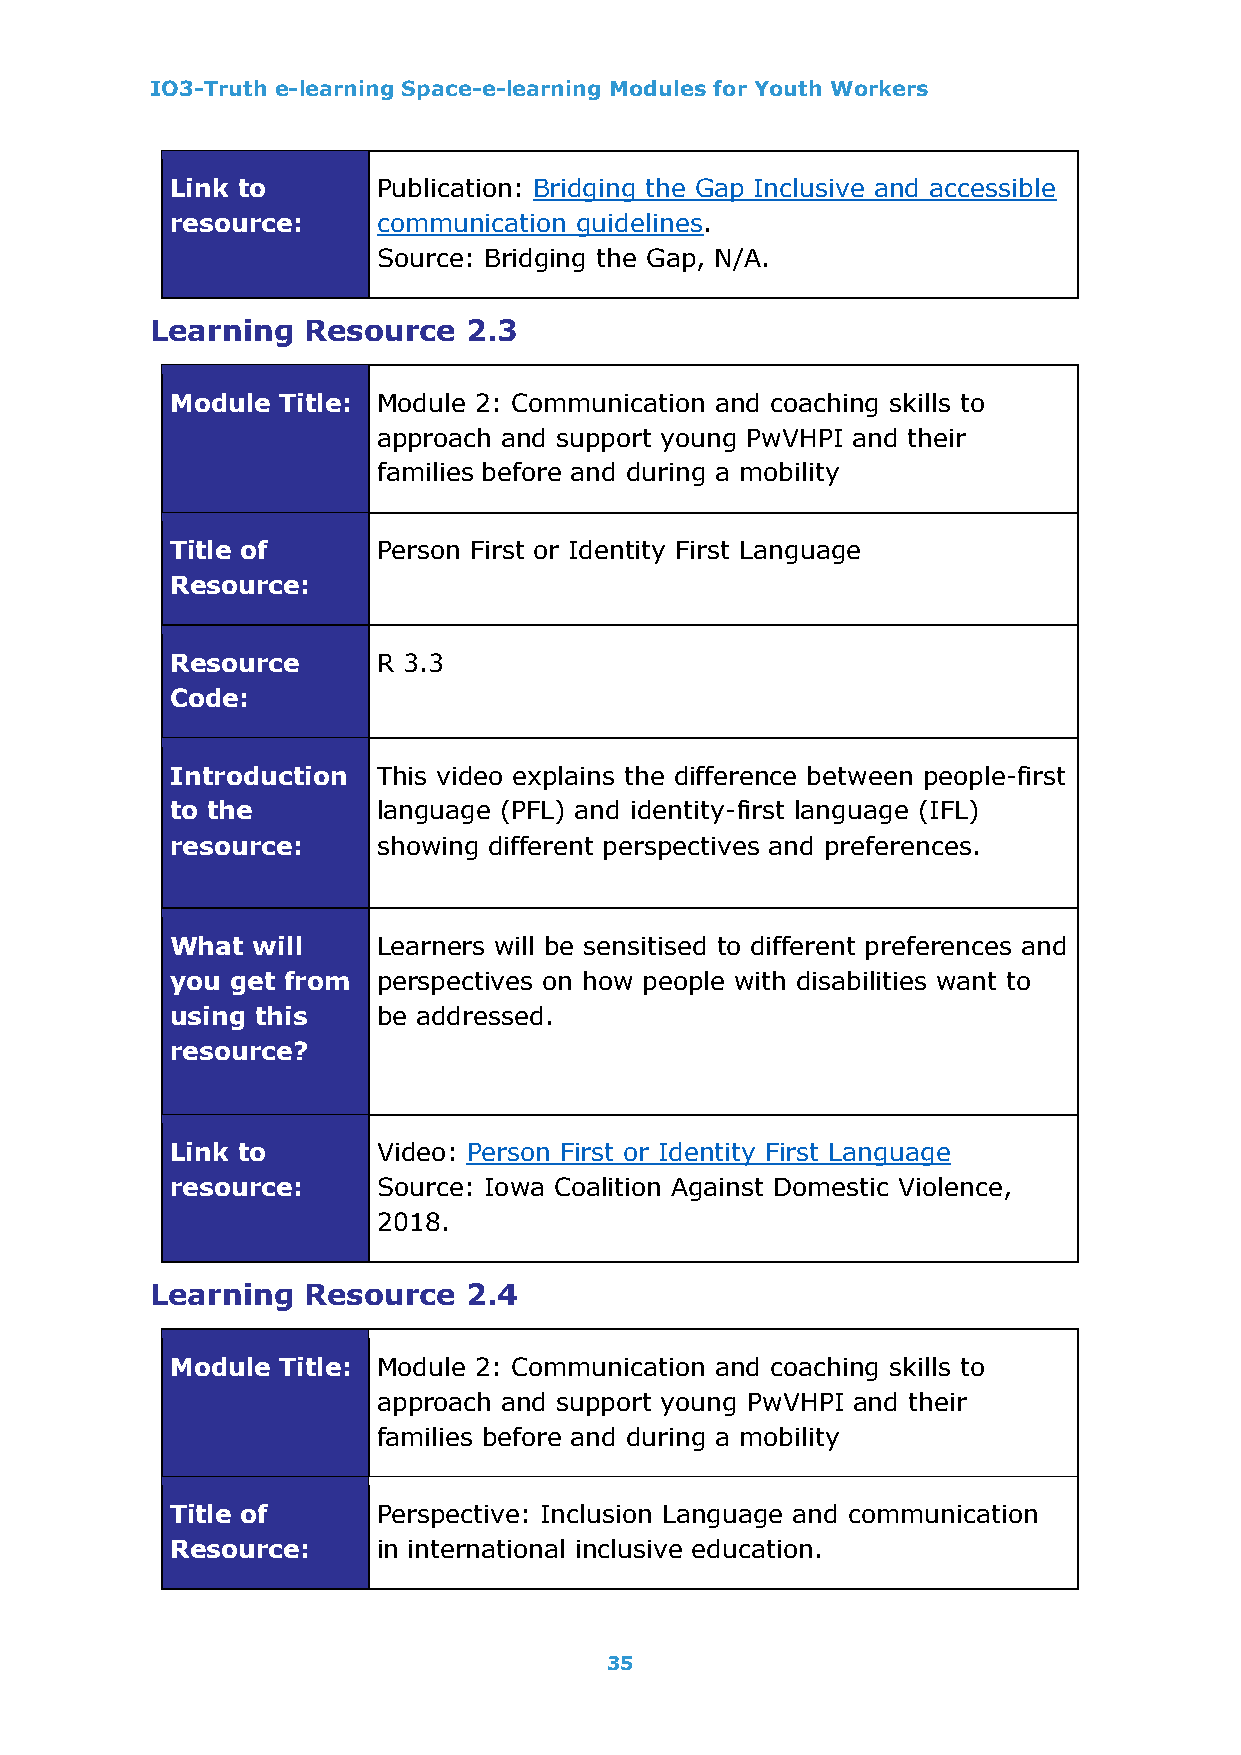
IO3-Truth e-learning Space-e-learning Modules for Youth Workers
 Link to       Publication: Bridging the Gap Inclusive and accessible
 resource:     communication guidelines.
 Source: Bridging the Gap, N/A.
 Learning  Resource   2.3
 Module  Title: Module 2: Communication and coaching skills to
 approach and support young PwVHPI and their
 families before and during a mobility
 Title of      Person First or Identity First Language
 Resource:
 Resource      R 3.3
 Code:
 Introduction  This video explains the difference between people-first
 to the        language (PFL) and identity-first language (IFL)
 resource:     showing different perspectives and preferences.
 What  will    Learners will be sensitised to different preferences and
 you get from  perspectives on how people with disabilities want to
 using this    be addressed.
 resource?
 Link to       Video: Person First or Identity First Language
 resource:     Source: Iowa Coalition Against Domestic Violence,
 2018.
 Learning  Resource   2.4
 Module  Title: Module 2: Communication and coaching skills to
 approach and support young PwVHPI and their
 families before and during a mobility
 Title of      Perspective: Inclusion Language and communication
 Resource:     in international inclusive education.
 35